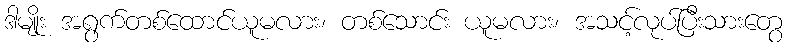
ဒါမျိုး အရွက်တစ်ထောင်ယူမလား၊ တစ်သောင်း ယူမလား၊ အသင့်လုပ်ပြီးသားတွေ